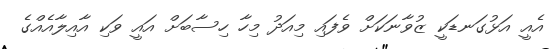
އެއީ އަޅުގަނޑަކީ ޒުވާނަކަށް ވެފައި މިއަދު މިހާ ހިސާބަށް އައީ ވަކި އާއިލާއެއްގެ